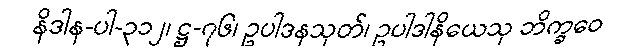
နိဒါန-ပါ-၃၁၂၊ ဋ္ဌ-၇၆၊ ဥပါဒနသုတ်၊ ဥပါဒါနိယေသု ဘိက္ခဝေ